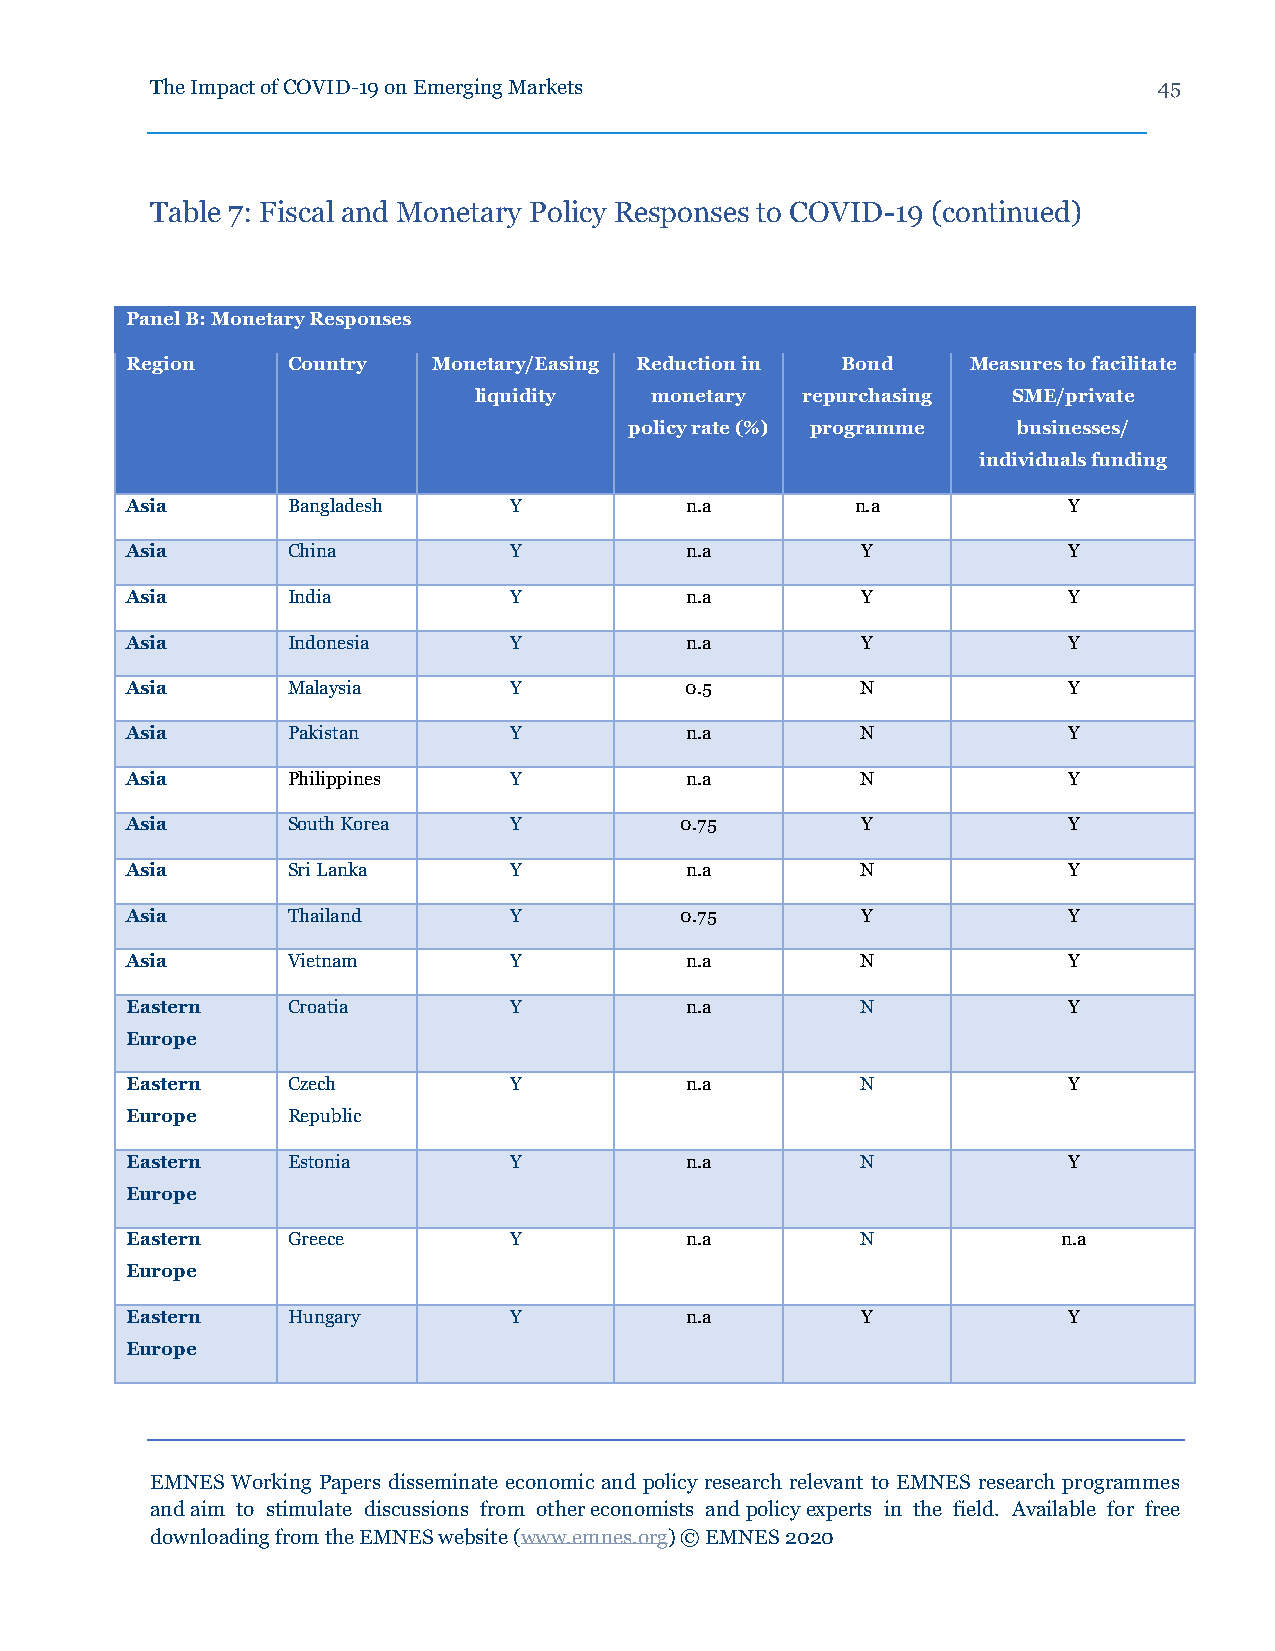
The Impact of COVID-19 on Emerging Markets                         45
 Table 7: Fiscal and Monetary Policy Responses to COVID-19 (continued)
 Panel B: Monetary Responses
 Region     Country   Monetary/Easing Reduction in Bond  Measures to facilitate
 liquidity   monetary  repurchasing  SME/private
 policy rate (%) programme businesses/
 individuals funding
 Asia       Bangladesh     Y          n.a         n.a           Y
 Asia       China          Y          n.a         Y             Y
 Asia       India          Y          n.a         Y             Y
 Asia       Indonesia      Y          n.a         Y             Y
 Asia       Malaysia       Y          0.5         N             Y
 Asia       Pakistan       Y          n.a         N             Y
 Asia       Philippines    Y          n.a         N             Y
 Asia       South Korea    Y          0.75        Y             Y
 Asia       Sri Lanka      Y          n.a         N             Y
 Asia       Thailand       Y          0.75        Y             Y
 Asia       Vietnam        Y          n.a         N             Y
 Eastern    Croatia        Y          n.a         N             Y
 Europe
 Eastern    Czech          Y          n.a         N             Y
 Europe     Republic
 Eastern    Estonia        Y          n.a         N             Y
 Europe
 Eastern    Greece         Y          n.a         N            n.a
 Europe
 Eastern    Hungary        Y          n.a         Y             Y
 Europe
 EMNES Working Papers disseminate economic and policy research relevant to EMNES research programmes
 and aim to stimulate discussions from other economists and policy experts in the field. Available for free
 downloading from the EMNES website (www.emnes.org) © EMNES 2020